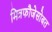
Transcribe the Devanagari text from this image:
मित्रफौजेसोबत